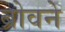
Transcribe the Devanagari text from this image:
ब्रोवने